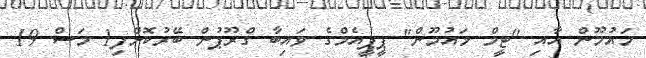
މައުމޫން އާއި "ޓީމް މައުމޫން" ޕީޕީއެމްގެ ވައިބާ ގްރޫޕުން ބޭރުކޮށްފި1 މަސް 19